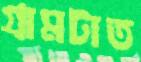
গ্রামটাত